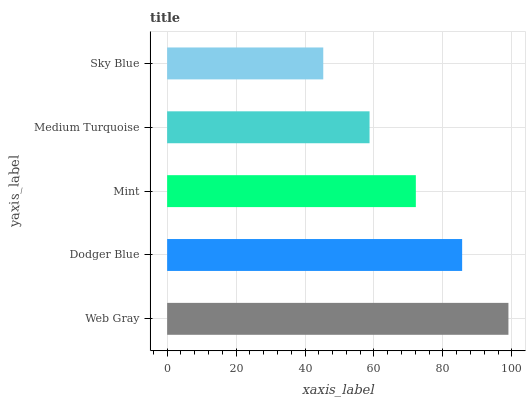
| yaxis_label | bars |
 | --- | --- |
 | Web Gray | 99 |
 | Dodger Blue | 85.6 |
 | Mint | 72.1 |
 | Medium Turquoise | 58.7 |
 | Sky Blue | 45.3 |